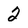
Character: 2